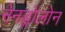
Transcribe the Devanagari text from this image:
नेनड्रोलोन